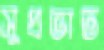
সুপ্রভাত